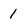
Character: 1